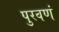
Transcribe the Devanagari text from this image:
पुरवणं